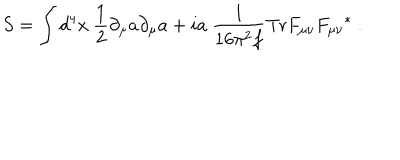
LaTeX: S = \int d ^ { 4 } x \ { \frac { 1 } { 2 } } \partial _ { \mu } a \partial _ { \mu } a + i a \ { \frac { 1 } { 1 6 \pi ^ { 2 } f } } \mathrm { T r } F _ { \mu \nu } { F _ { \mu \nu } } ^ { * } \ .